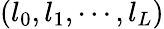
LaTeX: (l_{0},l_{1},\cdots,l_{L})